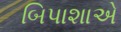
બિપાશાએ